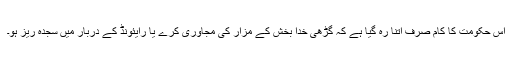
اس حکومت کا کام صرف اتنا رہ گیا ہے کہ گڑھی خدا بخش کے مزار کی مجاوری کرے یا رایئونڈ کے دربار میں سجدہ ریز ہو۔